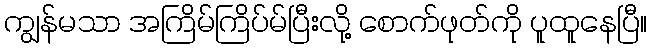
ကျွန်မသာ အကြိမ်ကြိပ်မ်ပြီးလို့ စောက်ဖုတ်ကို ပူထူနေပြီ။